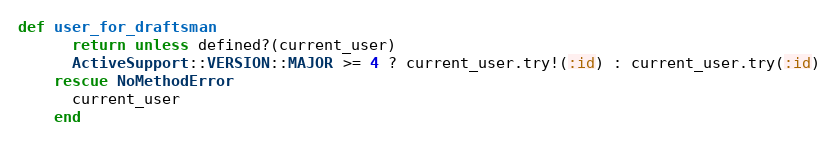
Language: Ruby
def user_for_draftsman
      return unless defined?(current_user)
      ActiveSupport::VERSION::MAJOR >= 4 ? current_user.try!(:id) : current_user.try(:id)
    rescue NoMethodError
      current_user
    end